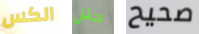
الكس تنقل صحيح